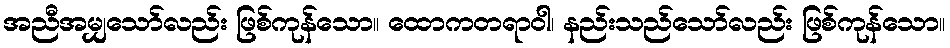
အညီအမျှသော်လည်း ဖြစ်ကုန်သော။ ထောကတရာဝါ၊ နည်းသည်သော်လည်း ဖြစ်ကုန်သော။